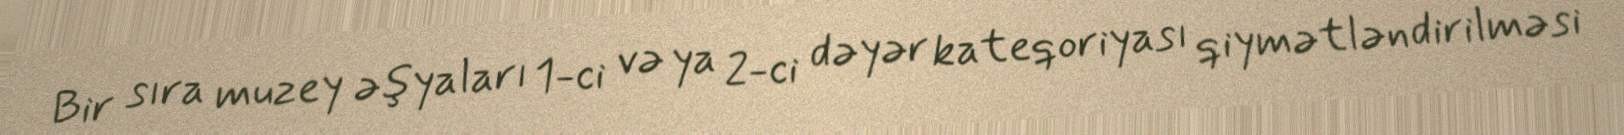
Bir sıra muzey əşyaları 1-ci və ya 2-ci dəyər kateqoriyası qiymətləndirilməsi